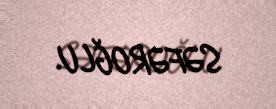
SƏFƏROĞLU.